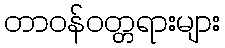
တာဝန်ဝတ္တရားများ